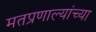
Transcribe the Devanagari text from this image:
मतप्रणाल्यांच्या